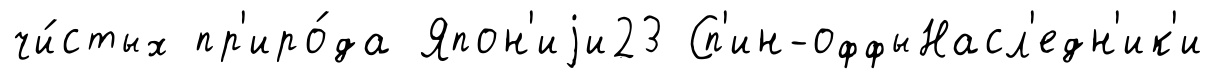
чи́стых пр'иро́да Япон'иjи23 Сп'ин-оффыНасл'едн'ик'и